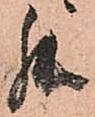
罷